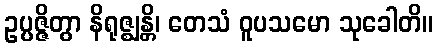
ဥပ္ပဇ္ဇိတွာ နိရုဇ္ဈန္တိ၊ တေသံ ဝူပသမော သုခေါတိ။